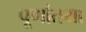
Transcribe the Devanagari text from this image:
पूर्णातया